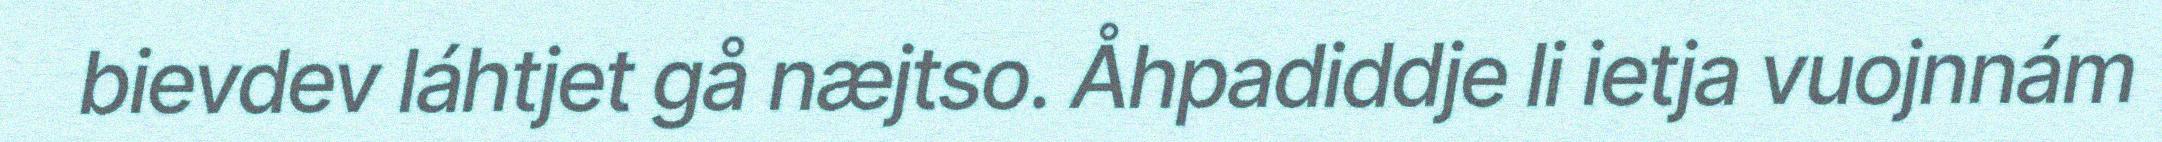
bievdev láhtjet gå næjtso. Åhpadiddje li ietja vuojnnám